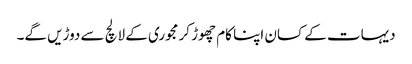
دیہات کے کسان اپنا کام چھوڑ کر مجوری کے لالچ سے دوڑیں گے۔